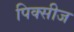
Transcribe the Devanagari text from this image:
पिक्सीज